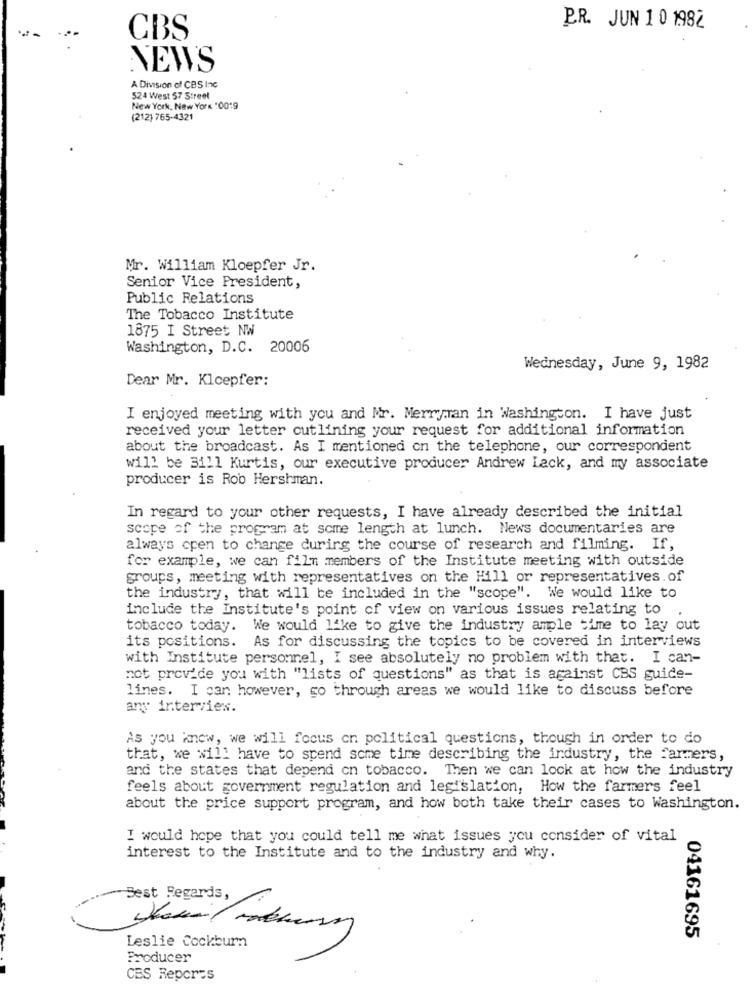
P.R. JUN 1 0 1982
CBS
NEWS
A Division of CBS Inc
524 West 57 Street
New York, New York "0019
(212) 765-4321
Mr. William Kloepfer Jr.
Senior Vice President,
Public Relations
The Tobacco Institute
1875 I Street NW
Washington, D.C. 20006
Wednesday, June 9, 1982
Dear Mr. Klcepfer:
I enjoyed meeting with you and Mr. Merryran in Washington. I have just
received your letter cutlining your request for additional information
about the broadcast. As I mentioned on the telephone, our correspondent
will be Bill Kurtis, our executive producer Andrew Lack, and my associate
producer is Rob Hershman.
In regard to your other requests, I have already described the initial
scope of the program at some length at lunch. News documentaries are
always open to change during the course of research and filming. If,
for example, we can film members of the Institute meeting with outside
groups, meeting with representatives on the Hill or representatives.of
the industry, that will be included in the "scope". We would like to
include the Institute's point of view on various issues relating to
tobacco today. We would like to give the industry ample time to lay out
its positions. As for discussing the topics to be covered in interviews
with Institute personnel, I see absolutely no problem with that. I can-
not provide you with "lists of questions" as that is against CBS guide-
lines. I can however, go through areas we would like to discuss before
any intervies.
As you knew, we will focus on political questions, though in order to do
that, we will have to spend some time describing the industry, the farmers,
and the states that depend on tobacco. Then we can lock at how the industry
feels about government regulation and legislation, How the farmers feel
about the price support program, and how both take their cases to Washington.
I would hope that you could tell me what issues you consider of vital
interest to the Institute and to the industry and why.
Best Regards,
04161695
Leslie Cockburn
Producer
CES Repores